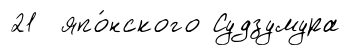
21 япо́нского Судзумура